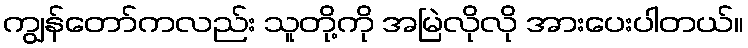
ကျွန်တော်ကလည်း သူတို့ကို အမြဲလိုလို အားပေးပါတယ်။